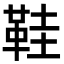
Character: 鞋